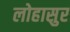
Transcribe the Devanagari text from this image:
लोहासुर